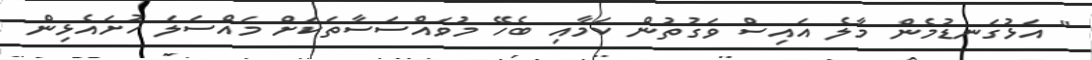
" އަޅުގަނޑުމެން މާލެ އައިސް ވަގުތުން ކަމާއި ބެހޭ މުވައްސަސާތަކަށް މައްސަލަ ހުށައެޅިން